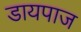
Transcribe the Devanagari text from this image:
डायपाज